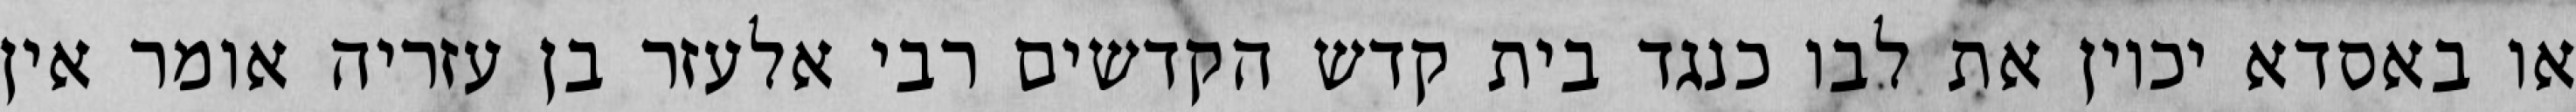
או באסדא יכוין את לבו כנגד בית קדש הקדשים רבי אלעזר בן עזריה אומר אין